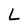
Character: L